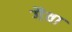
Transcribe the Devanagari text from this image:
गैवा